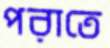
পরাতে